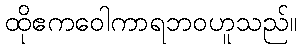
ထိုဧကဝေါကာရဘဝဟူသည်။